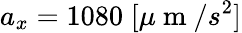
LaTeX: a_{x}=1080\; [\mu\mathrm{~m~}/s^{2}]